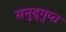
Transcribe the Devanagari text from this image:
समुद्र्गुप्त